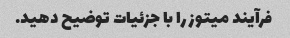
فرآیند میتوز را با جزئیات توضیح دهید.